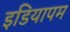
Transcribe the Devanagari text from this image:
इडियापम